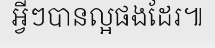
អ្វីៗបានល្អផងដែរ៕